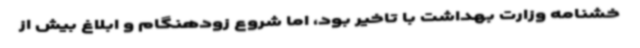
خشنامه وزارت بهداشت با تاخیر بود، اما شروع زودهنگام و ابلاغ بیش از